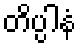
တိပ္ပါနံ